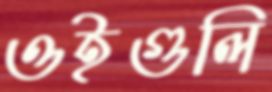
ওইগুলি